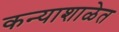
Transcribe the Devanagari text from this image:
कन्याशाळेत